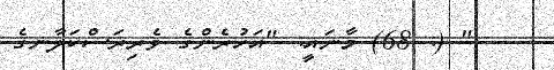
." (: 68) މާނައީ: "އަހުރެންގެ ވެރިރަސްކަލާނގެ